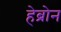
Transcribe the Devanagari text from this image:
हेब्रोन